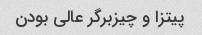
پیتزا و چیزبرگر عالی بودن